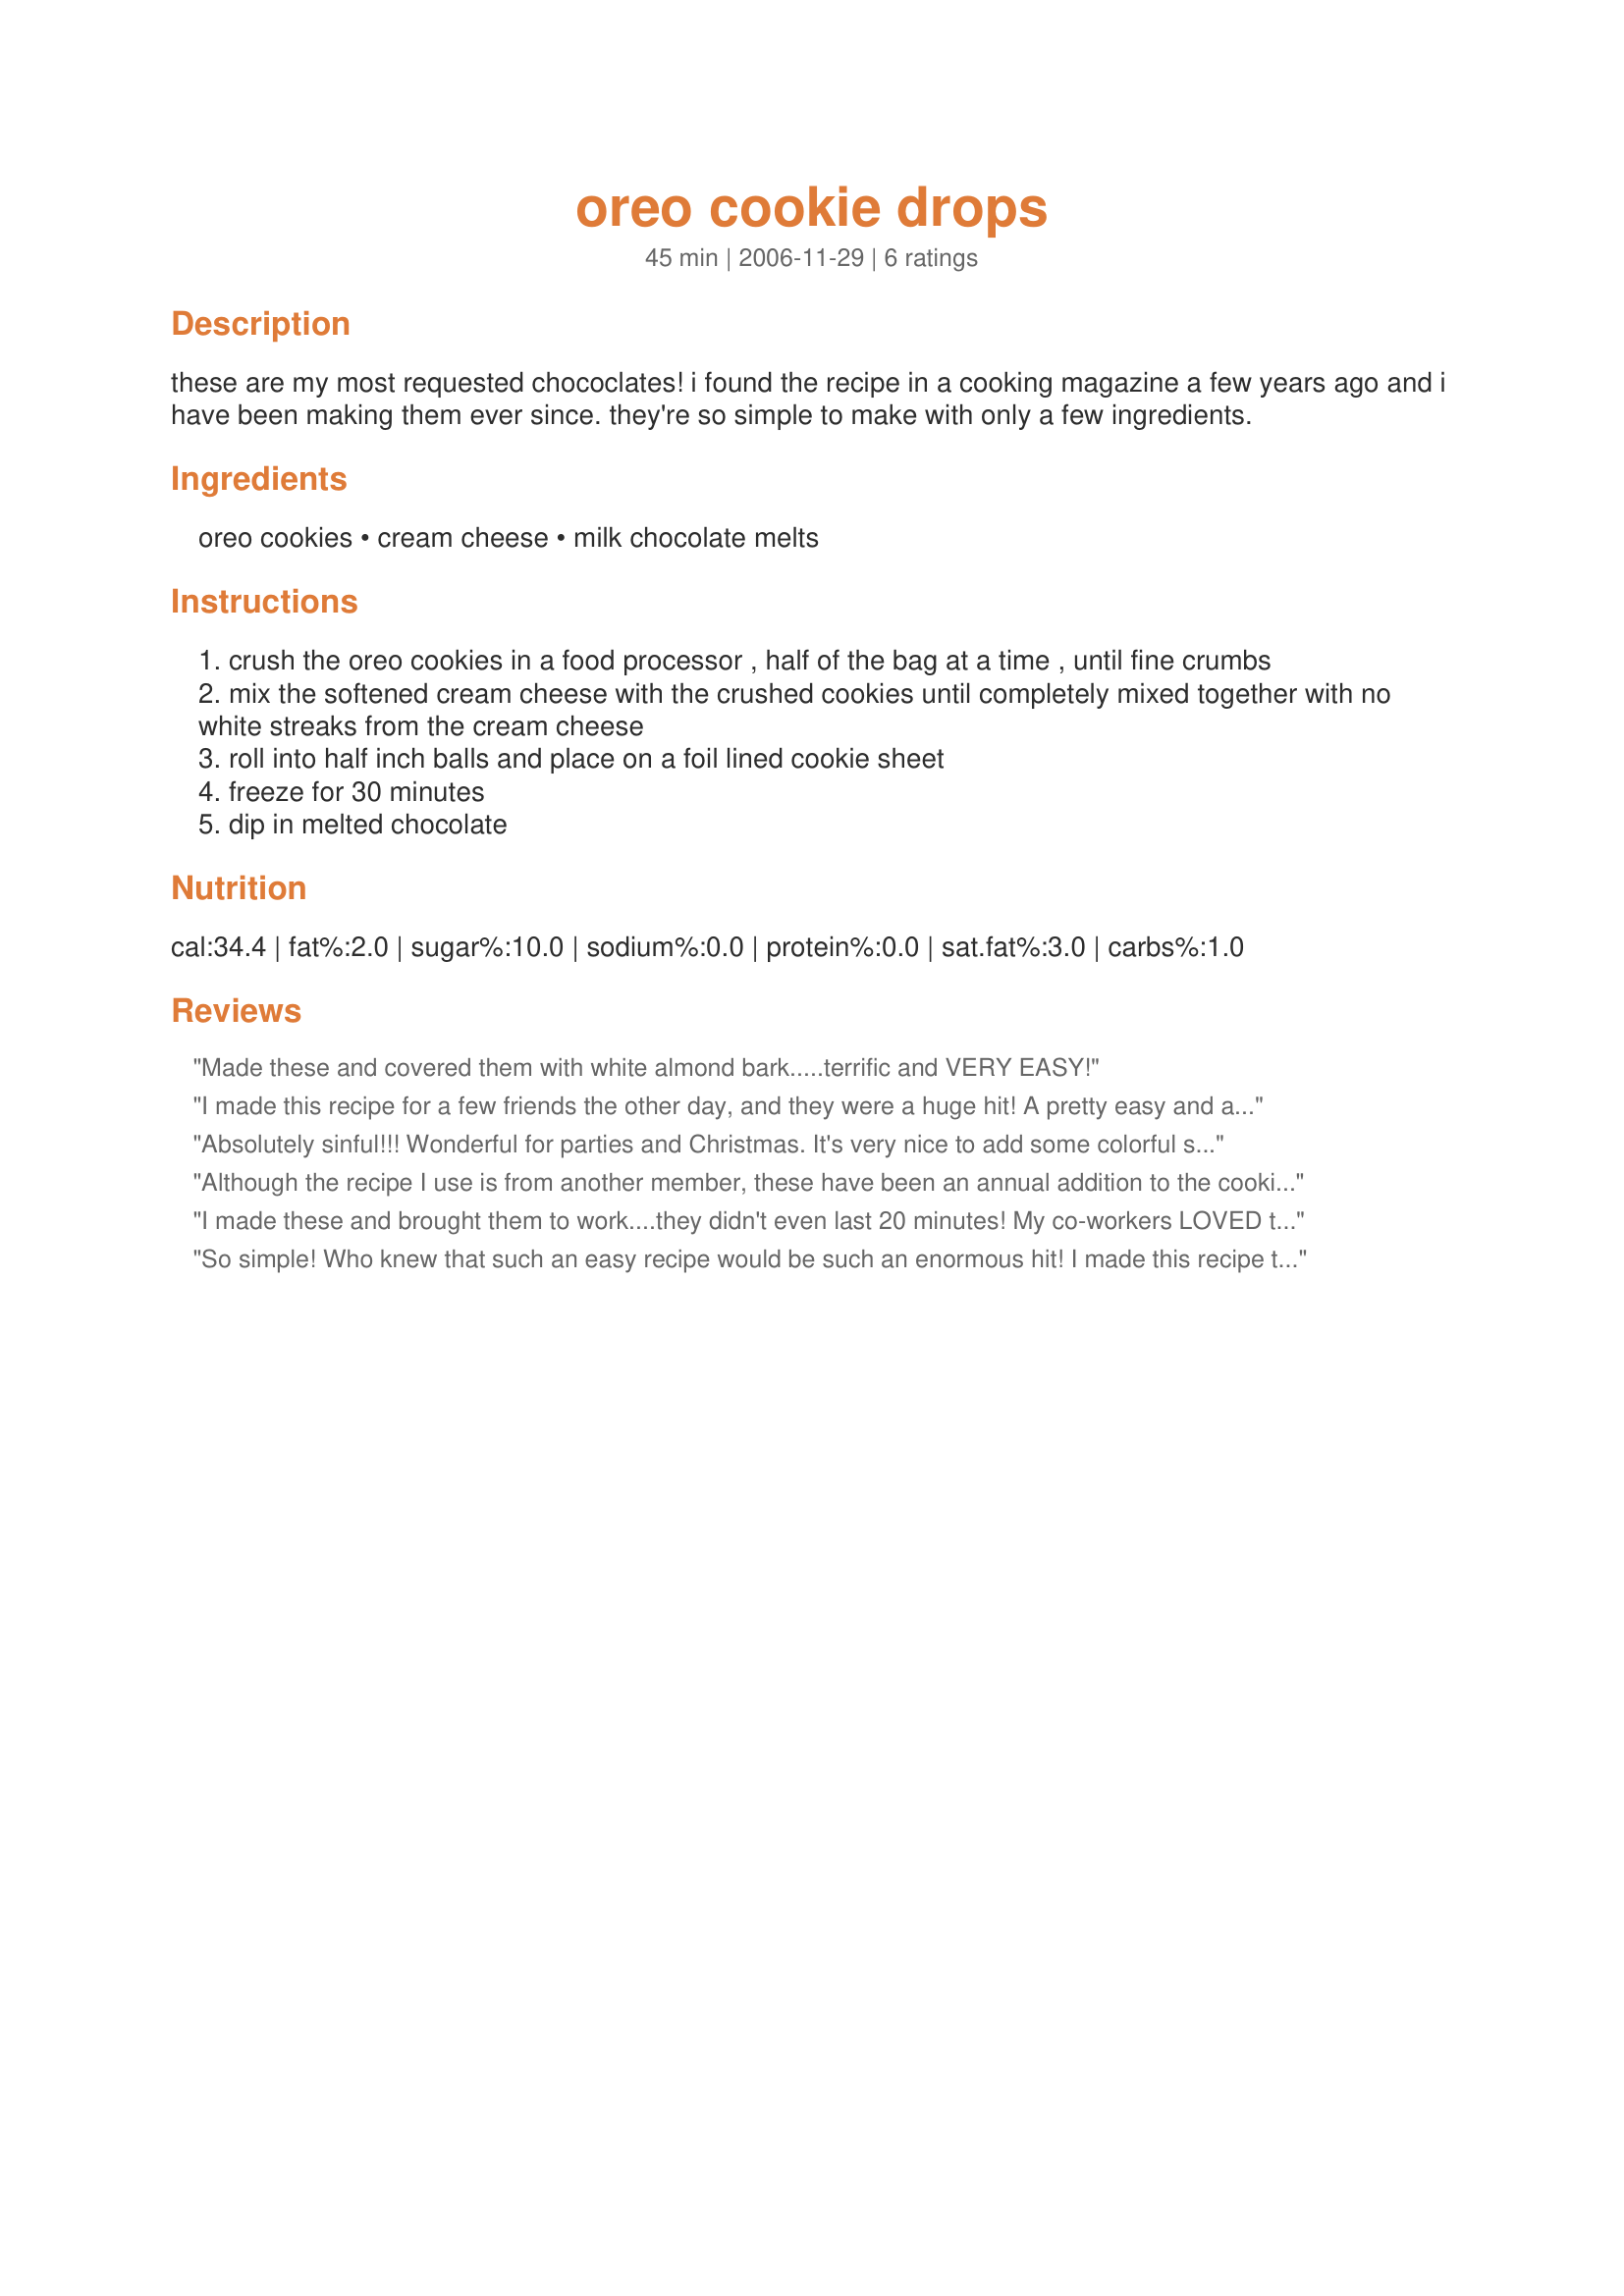
oreo cookie drops
Preparation time: 45 minutes

these are my most requested chococlates! i found the recipe in a cooking magazine a few years ago and i have been making them ever since. they're so simple to make with only a few ingredients.

Ingredients:
oreo cookies, cream cheese, milk chocolate melts

Steps:
crush the oreo cookies in a food processor , half of the bag at a time , until fine crumbs
mix the softened cream cheese with the crushed cookies until completely mixed together with no white streaks from the cream cheese
roll into half inch balls and place on a foil lined cookie sheet
freeze for 30 minutes
dip in melted chocolate

Reviews:
Made these and covered them with white almond bark.....terrific and VERY EASY!
I made this recipe for a few friends the other day, and they were a huge hit! A pretty easy and absolutely delicious recipe - though mine came out very rich.
Absolutely sinful!!! Wonderful for parties and Christmas. It's very nice to add some colorful sprinkles before the chocolate hardens. This will always be a family favorite.
Although the recipe I use is from another member, these have been an annual addition to the cookie tins for the past few years. I wanted to add that we love the regular oreos in white chocolate and the mint and peanut butter oreos in the regular chocolate bark. I do cut back the cream cheese to 6 oz when using the flavored oreos because they come in a small quantity than the regular one. Enjoy!!
I made these and brought them to work....they didn't even last 20 minutes! My co-workers LOVED them! In addition to dipping these in milk chocolate, I also melted white chocolate and used a fork to drizzle designs on top of them...it made them look so professional and gourmet! Yum!
So simple! Who knew that such an easy recipe would be such an enormous hit! I made this recipe tonight for my childrens dance recital and the platter was clean before I could go back for a second taste!
